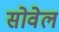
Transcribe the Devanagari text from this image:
सोवेल